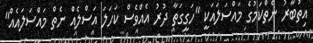
އިތުބާރު ނެތްކަމުގެ މައްސަލައަކީ "ހަގީގަތާ ދުރު އެއްވެސް ކަހަލަ އަސްލެއް ނެތް މައްސަލައެއް"